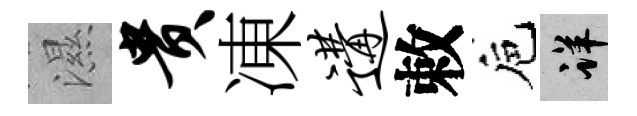
濕贵凍遘敕巵详